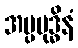
အပ္ပဗုဒ္ဓိနံ